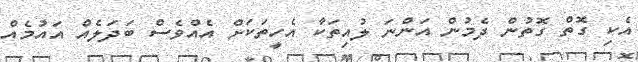
އެކި ގޮތް ގޮތުން ދެމުން އަންނަ ލުއިތަކާ އެހީތަކަށް އެއްވެސް ބަދަލެއް އައުމެއް